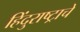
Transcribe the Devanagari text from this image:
हिंदुराष्ट्राचे